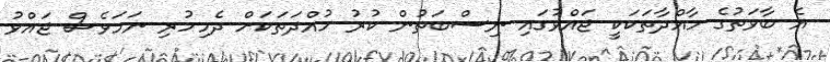
އެ ބާވަތުގެ މާއްދާތަކަކީ ޖައްވުގައި ނިސްބަތުން ކުރު މުއްދަތަކަށް ދެމިހުރި ނަމަވެސް ޖައްވު